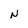
Character: N